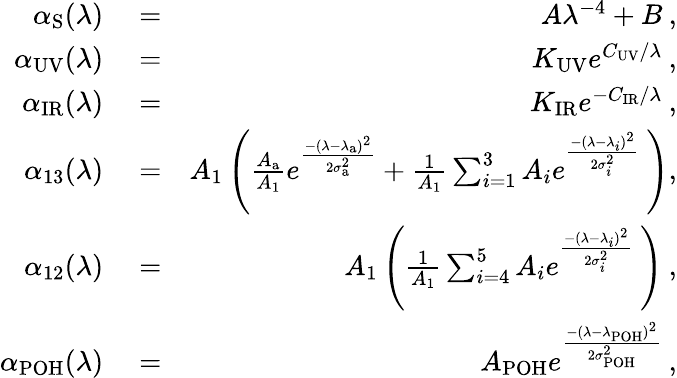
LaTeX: \begin{array}{rlr}{\alpha_{\mathrm{S}}(\lambda)}&{{}=}&{A\lambda^{-4}+B\: ,}\\ {\alpha_{\mathrm{UV}}(\lambda)}&{{}=}&{K_{\mathrm{UV}}e^{C_{\mathrm{UV}}/\lambda}\: ,}\\ {\alpha_{\mathrm{IR}}(\lambda)}&{{}=}&{K_{\mathrm{IR}}e^{-C_{\mathrm{IR}}/\lambda}\: ,}\\ {\alpha_{13}(\lambda)}&{{}=}&{A_{1}\left(\frac{A_{\mathrm{a}}}{A_{1}}e^{\frac{-(\lambda-\lambda_{\mathrm{a}})^{2}}{2\sigma_{\mathrm{a}}^{2}}}+\frac{1}{A_{1}}\sum_{i=1}^{3}A_{i}e^{\frac{-(\lambda-\lambda_{i})^{2}}{2\sigma_{i}^{2}}}\: \right),}\\ {\alpha_{12}(\lambda)}&{{}=}&{A_{1}\left(\frac{1}{A_{1}}\sum_{i=4}^{5}A_{i}e^{\frac{-(\lambda-\lambda_{i})^{2}}{2\sigma_{i}^{2}}}\: \right)\: ,}\\ {\alpha_{\mathrm{POH}}(\lambda)}&{{}=}&{A_{\mathrm{POH}}e^{\frac{-(\lambda-\lambda_{\mathrm{POH}})^{2}}{2\sigma_{\mathrm{POH}}^{2}}}\: ,}\end{array}